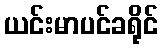
ယင်းမာပင်ခရိုင်